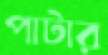
পাটার